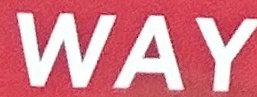
WAy